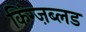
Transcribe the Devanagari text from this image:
किंग्ज़ब्लड